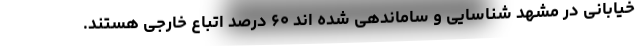
خیابانی در مشهد شناسایی و ساماندهی شده اند ۶۰ درصد اتباع خارجی هستند.